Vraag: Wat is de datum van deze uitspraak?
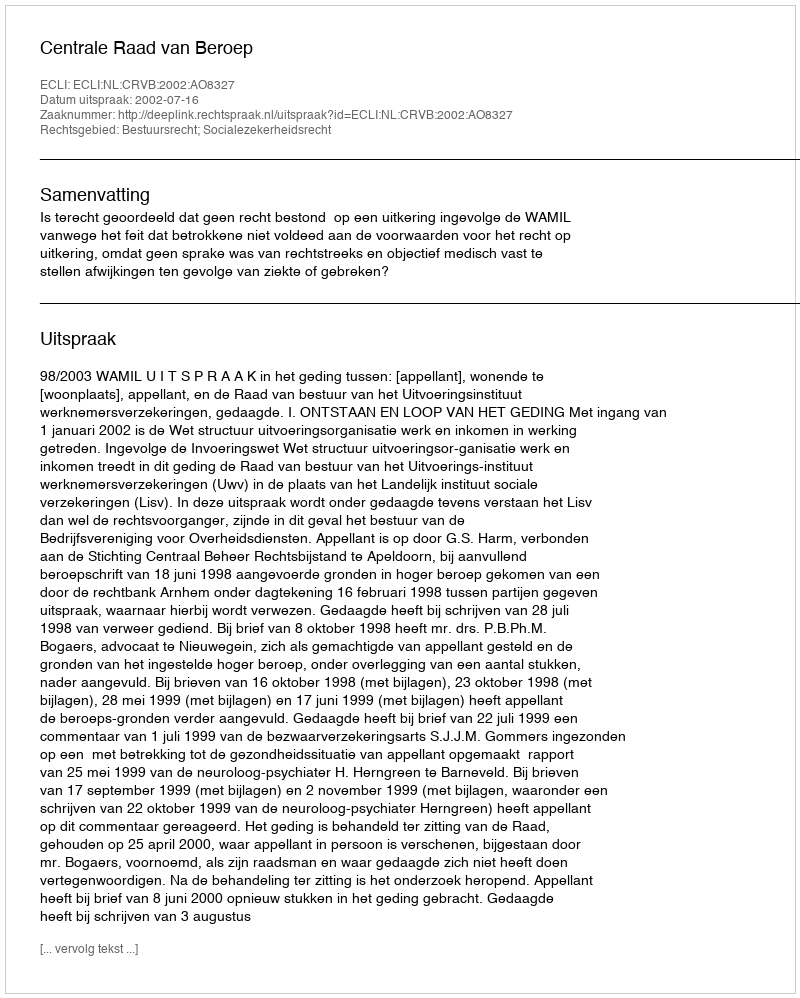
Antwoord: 2002-07-16